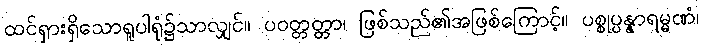
ထင်ရှားရှိသောရူပါရုံ၌သာလျှင်။ ပဝတ္တတ္တာ၊ ဖြစ်သည်၏အဖြစ်ကြောင့်။ ပစ္စုပ္ပန္နာရမ္မဏံ၊